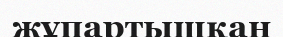
жұпартышқан